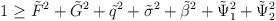
LaTeX: \begin{align*}1\geq \tilde F^2 + \tilde G^2 +\tilde q^2 +\tilde \sigma^2 +\tilde \beta^2+\tilde \Psi_1^2 +\tilde \Psi_2^2\end{align*}